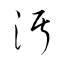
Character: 汚